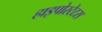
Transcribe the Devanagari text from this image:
हाइपोस्टेटस